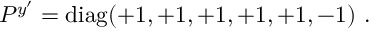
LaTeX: P ^ { y ^ { \prime } } = \mathrm { d i a g } ( + 1 , + 1 , + 1 , + 1 , + 1 , - 1 ) ~ . ~ \,